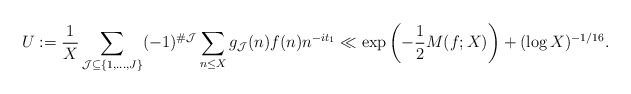
\begin{align*}U := \frac{1}{X} \sum_{\mathcal{J} \subseteq \{1, \dotsc, J\}} (-1)^{\# \mathcal{J}} \sum_{n \leq X} g_{\mathcal{J}}(n) f(n) n^{-it_1} \ll \exp\left(-\frac{1}{2} M(f; X)\right) + (\log X)^{-1/16}.\end{align*}